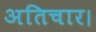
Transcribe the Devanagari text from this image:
अतिचार।